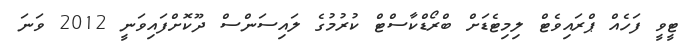
ޓީވީ ފަހެއް ޕްރައިވެޓް ލިމިޓެޑަށް ބްރޯޑްކާސްޓް ކުރުމުގެ ލައިސަންސް ދޫކޮށްފައިވަނީ 2012 ވަނަ